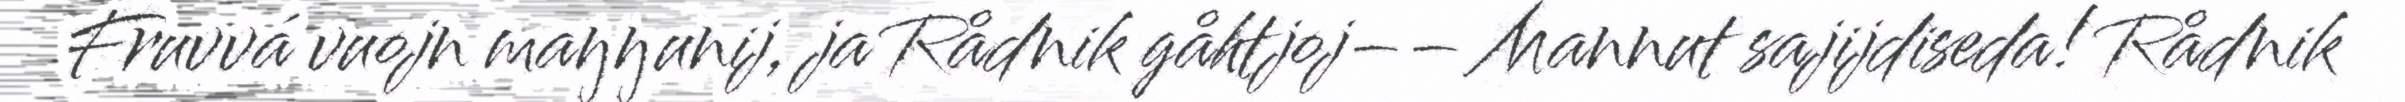
Fruvvá vuojn maŋŋunij, ja Rådnik gåhtjoj–– Mannut sajijdiseda! Rådnik